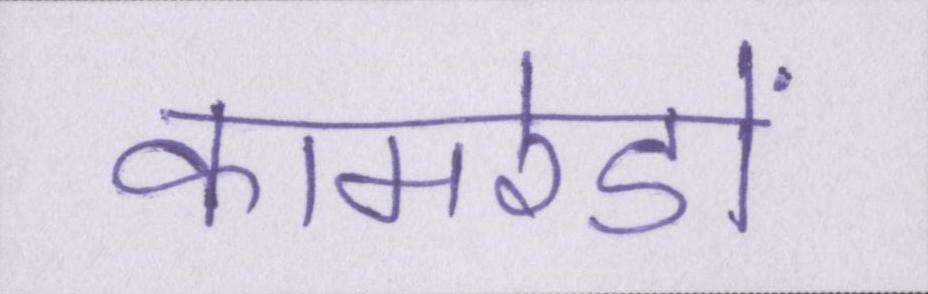
कामरेडों